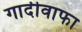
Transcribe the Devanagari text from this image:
गादीवाफा